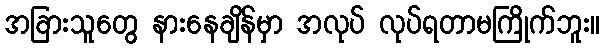
အခြားသူတွေ နားနေချိန်မှာ အလုပ် လုပ်ရတာမကြိုက်ဘူး။